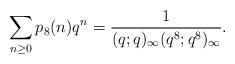
LaTeX: \begin{align*}\sum_{n\ge 0}p_8(n)q^n=\frac{1}{(q;q)_\infty(q^8;q^8)_\infty}.\end{align*}